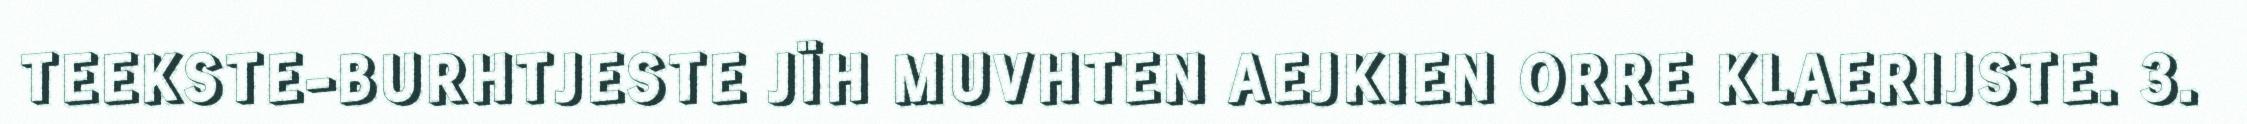
TEEKSTE-BURHTJESTE JÏH MUVHTEN AEJKIEN ORRE KLAERIJSTE. 3.